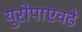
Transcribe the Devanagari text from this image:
युरोपाएवढे